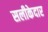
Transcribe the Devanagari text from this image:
सलीकेदार